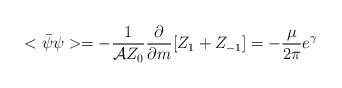
LaTeX: \begin{align*}<\bar{\psi}\psi> = -\frac{1}{{\cal A}Z_0} \frac{\partial}{\partial m}[Z_1+ Z_{-1}] =- \frac{\mu}{2\pi}e^{\gamma}\end{align*}